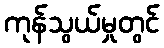
ကုန်သွယ်မှုတွင်